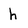
Character: h